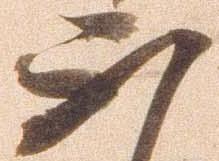
不